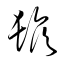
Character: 鬚